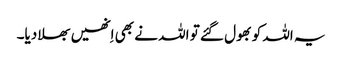
یہ اللہ کو بھول گئے تو اللہ نے بھی اِنھیں بھلا دیا۔